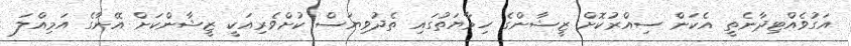
އަގުވެއްޓިދާނެތީ އެކަން ސިއްރުކޮށް ޒީޝާންގެ ހިމާޔަތުގައި ތެދުވިޔަސް ކުށްވެރިއަކީ ޒީޝާންކަށް އޭނާގެ އަމިއްލަ